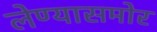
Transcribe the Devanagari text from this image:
लेण्यासमोर